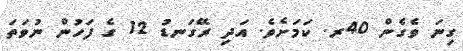
ގިނަ ވެގެން 40ރ. ކަމަށެވެ. އަދި ރޭގަނޑު 12 ގެ ފަހުން ނުވަތަ